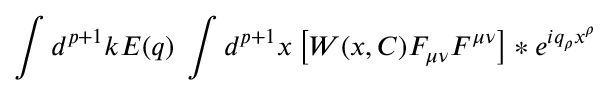
\int d ^ { p + 1 } k E ( q ) \; \int d ^ { p + 1 } x \left[ W ( x , C ) F _ { \mu \nu } F ^ { \mu \nu } \right] \ast e ^ { i q _ { \rho } x ^ { \rho } }